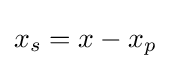
x_{s}=x-x_{p}